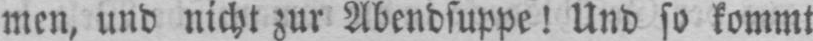
men, und nicht zur Abendsuppe! Und so kommt